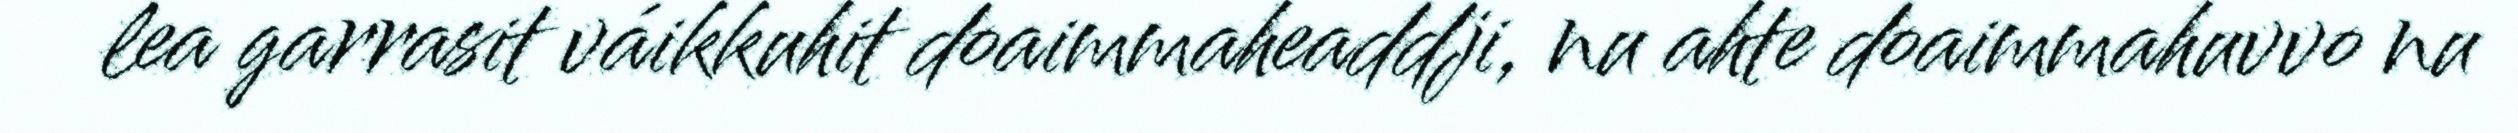
lea garrasit váikkuhit doaimmaheaddji, nu ahte doaimmahuvvo nu